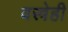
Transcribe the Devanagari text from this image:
वस्त्रेही